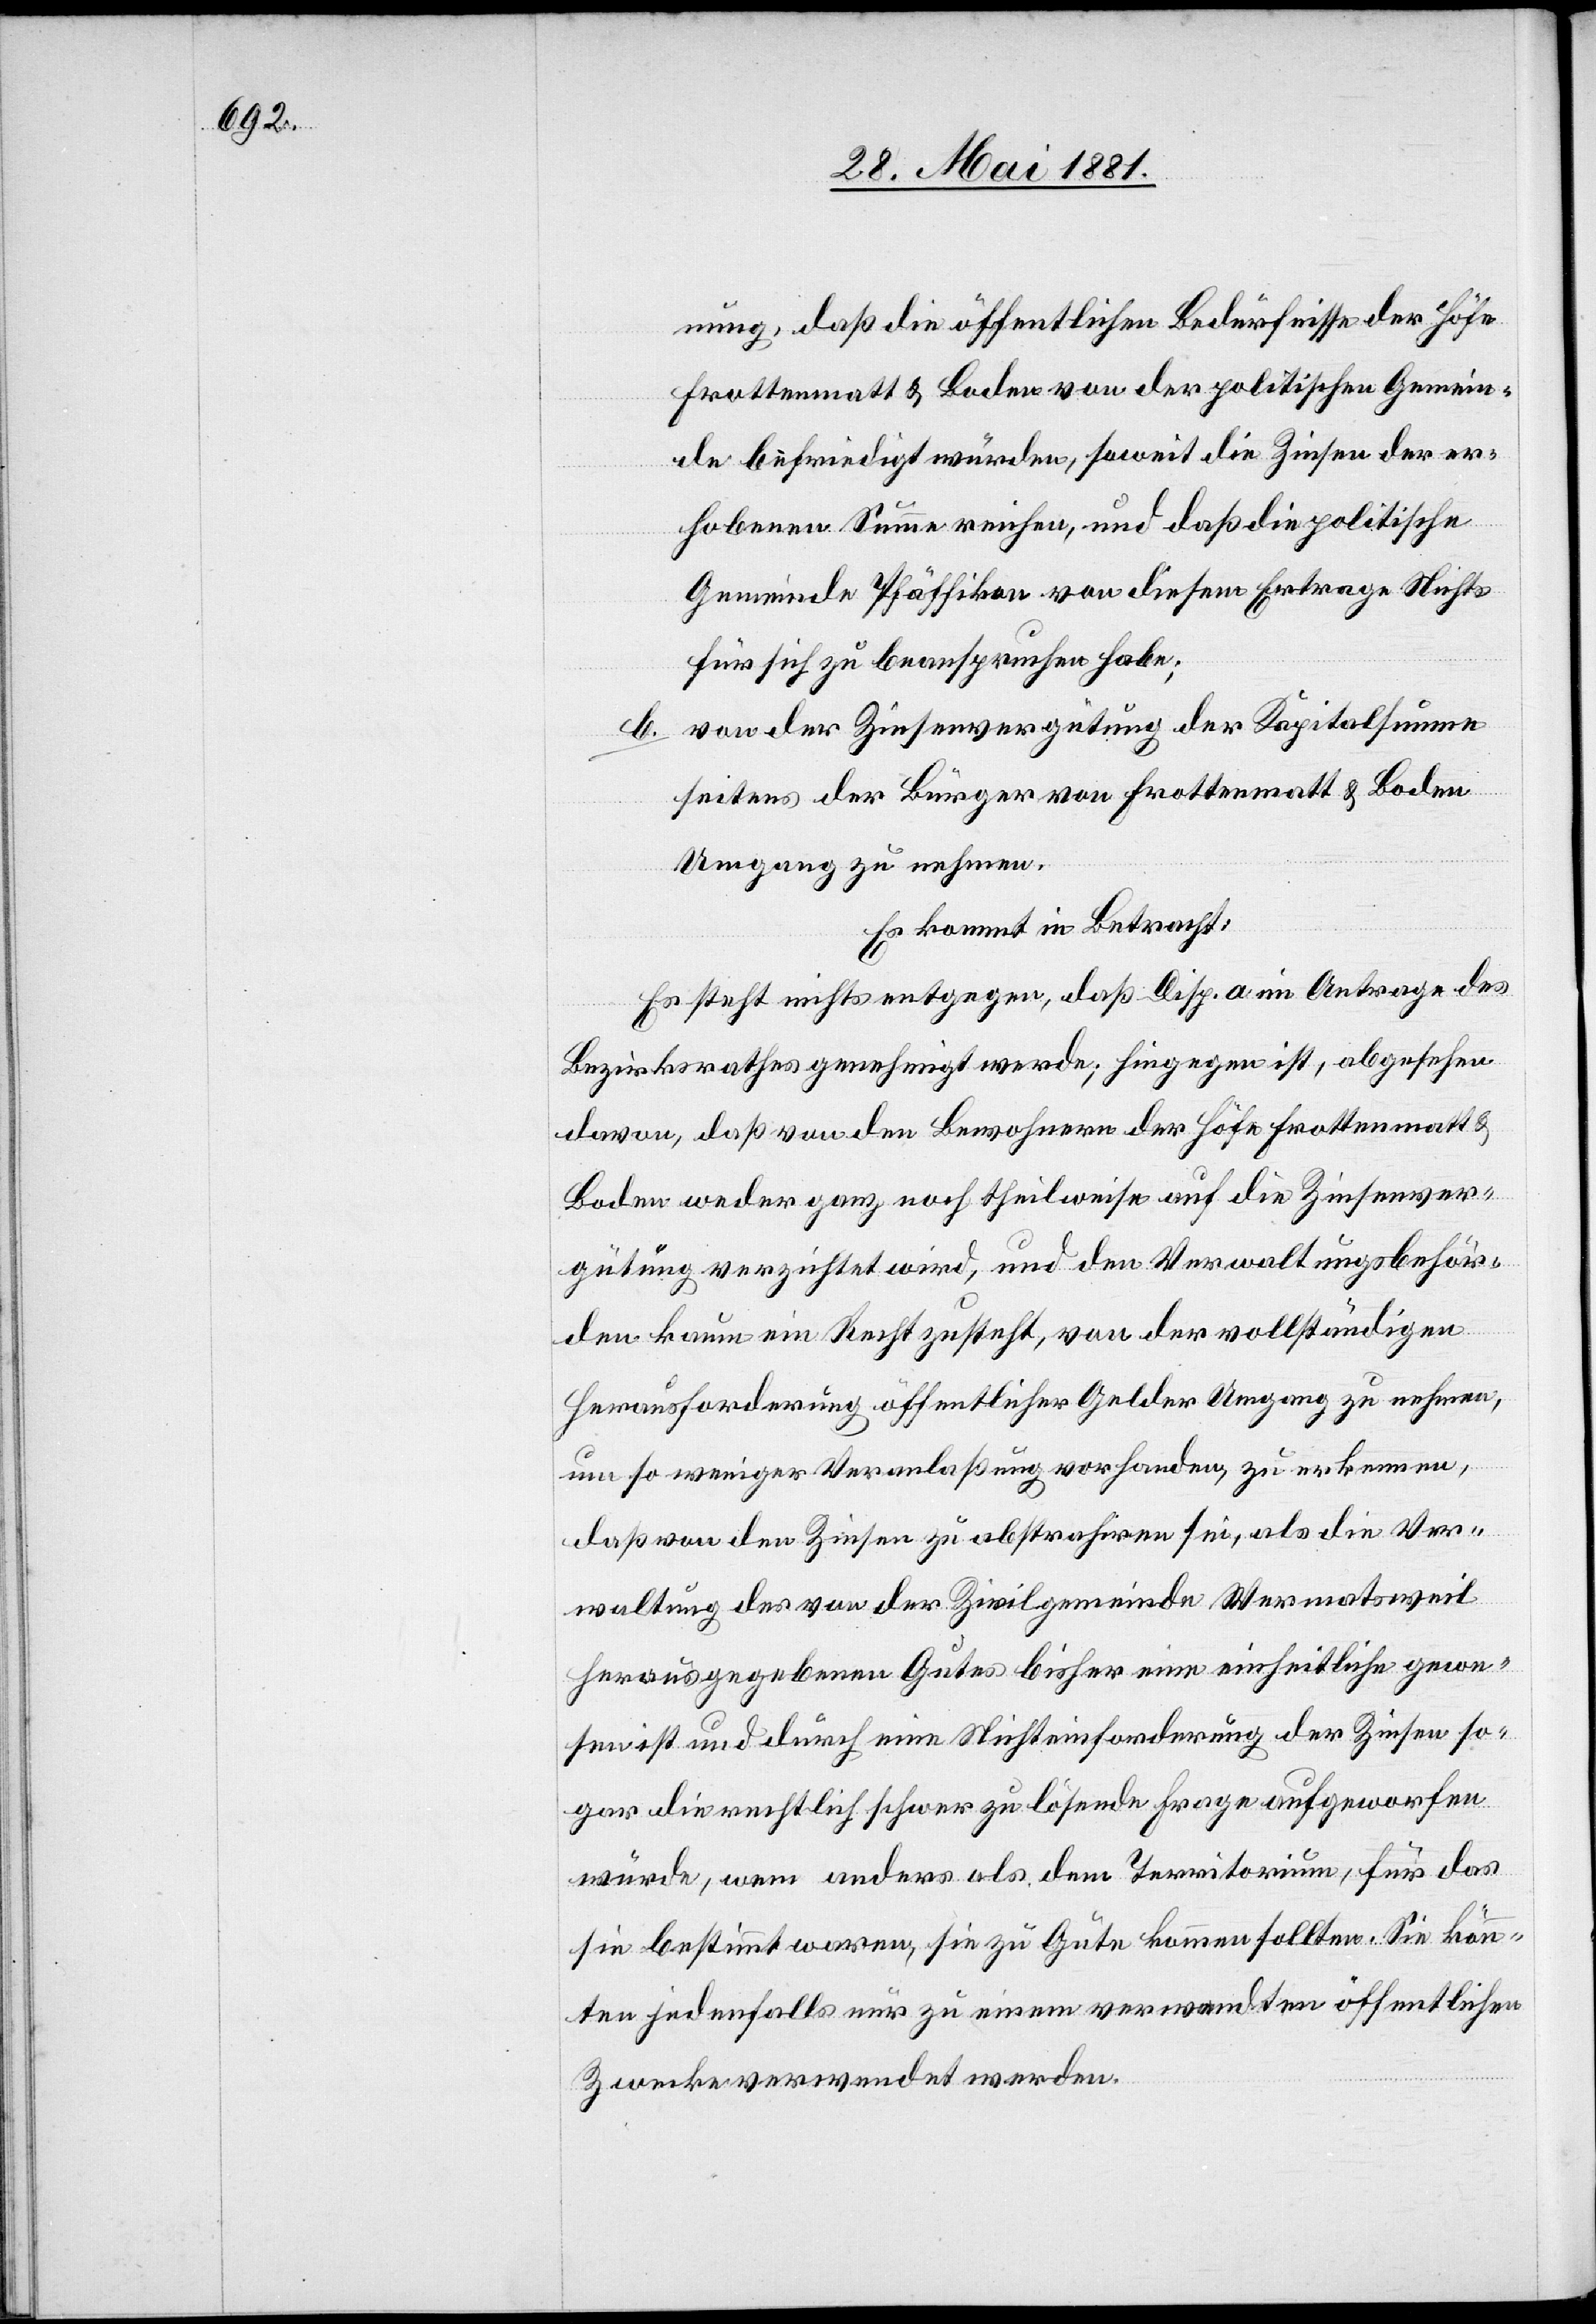
nung, daß die öffentlichen Bedürfnisse der Höfe
Frottenmatt & Boden von der politischen Gemein¬
de befriedigt würden, soweit die Zinsen der er¬
hobenen Summe reichen, und daß die politische
Gemeinde Pfäffikon von diesem Ertrage Nichts
für sich zu beanspruchen habe;
b. von der Zinsvergütung der Kapitalsumme
seitens der Bürger von Frottenmatt & Boden
Umgang zu nehmen.
Es kommt in Betracht:
Es steht nichts entgegen, daß Disp. a im Antrage des
Bezirksrathes genehmigt werde; hingegen ist, abgesehen
davon, daß von den Bewohnern der Höfe Frottenmatt &
Boden weder ganz noch theilweise auf die Zinsenver¬
gütung verzichtet wird, und den Verwaltungsbehör¬
den kaum ein Recht zusteht, von der vollständigen
Herausforderung öffentlicher Gelder Umgang zu nehmen,
um so weniger Veranlaßung vorhanden, zu erkennen,
daß von den Zinsen zu abstrahiren sei, als die Ver¬
waltung des von der Zivilgemeinde Wermatsweil
herausgegebenen Gutes bisher eine einheitliche gewe¬
sen ist und durch eine Nichteinforderung der Zinsen so¬
gar die rechtlich schwer zu lösende Frage aufgeworfen
würde, wem anders als dem Territorium, für das
sie bestimmt waren, sie zu Gute kommen sollten. Sie könn¬
ten jedenfalls nur zu einem verwandten öffentlichen
Zwecke verwendet werden.